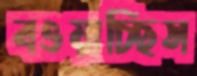
বওয়াচ্ছিস